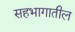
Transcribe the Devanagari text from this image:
सहभागातील